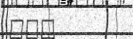
١٠٣